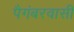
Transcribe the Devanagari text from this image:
पैगंबरवासी